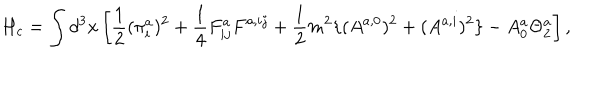
LaTeX: H _ { c } = \int d ^ { 3 } x \left[ \frac { 1 } { 2 } ( \pi _ { i } ^ { a } ) ^ { 2 } + \frac { 1 } { 4 } F _ { i j } ^ { a } F ^ { a , i j } + \frac { 1 } { 2 } m ^ { 2 } \{ ( A ^ { a , 0 } ) ^ { 2 } + ( A ^ { a , i } ) ^ { 2 } \} - A _ { 0 } ^ { a } \Theta _ { 2 } ^ { a } \right] ,